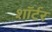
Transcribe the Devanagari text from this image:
शॉर्टर